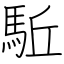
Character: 駈